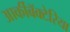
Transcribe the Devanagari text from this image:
आर्कीबॅक्टेरिया